Punjab Mental Hospital Lahore 1932-46 - 1932-1946
Year: 1932
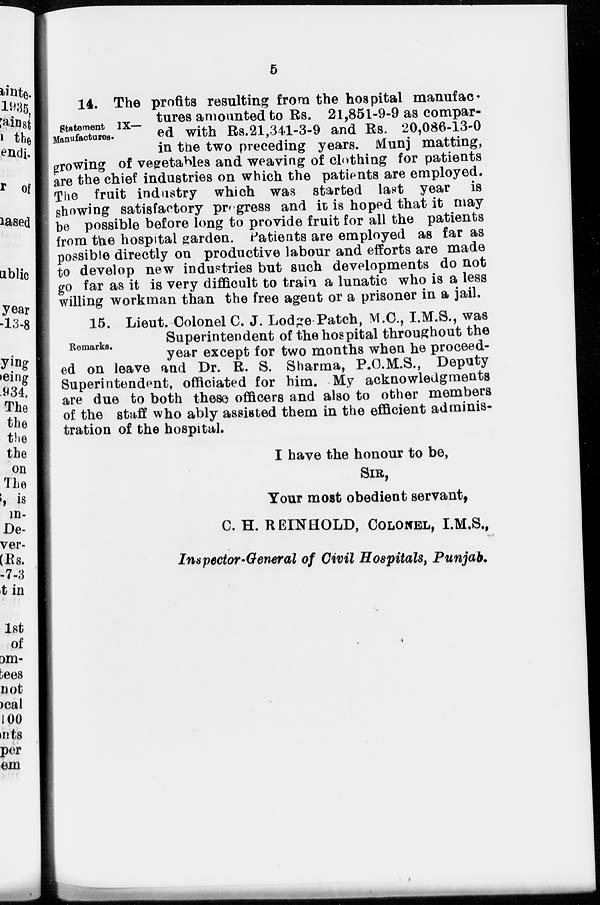
5
Statement IX—
Manufactures.
14. The profits resulting from the hospital manufac-
tures amounted to Rs. 21,851-9-9 as compar-
ed with Rs.21,341-3-9 and Rs. 20,086-13-0
in the two preceding years. Munj matting,
growing of vegetables and weaving of clothing for patients
are the chief industries on which the patients are employed.
The fruit industry which was started last year is
showing satisfactory progress and it is hoped that it may
be possible before long to provide fruit for all the patients
from the hospital garden. Patients are employed as far as
possible directly on productive labour and efforts are made
to develop new industries but such developments do not
go far as it is very difficult to train a lunatic who is a less
willing workman than the free agent or a prisoner in a jail.
Remarks.
15. Lieut. Colonel C. J. Lodge Patch, M.C., I.M.S., was
Superintendent of the hospital throughout the
year except for two months when he proceed-
ed on leave and Dr. R. S. Sharma, P.C.M.S., Deputy
Superintendent, officiated for him. My acknowledgments
are due to both these officers and also to other members
of the staff who ably assisted them in the efficient adminis-
tration of the hospital.
I have the honour to be,
SIR,
Your most obedient servant,
C. H. REINHOLD, COLONEL, I.M.S.,
Inspector-General of Civil Hospitals, Punjab.